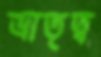
ভ্রাতৃত্ব